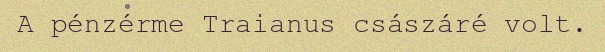
A pénzérme Traianus császáré volt.